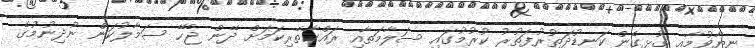
ނިޔާވުމާއި ގުޅިގެން ކަނޑުދަތުރުފަތުރު ކުރުމުގައި ސަލާމަތާއި ރައްކާތެރިކަމަށް ދޭން ޖެހޭ ސަމާލުކަން ނުދިނުމުގެ